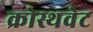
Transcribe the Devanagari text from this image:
क्रोस्थवेट